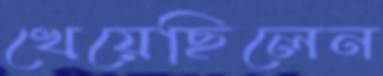
খেয়েছিলেন